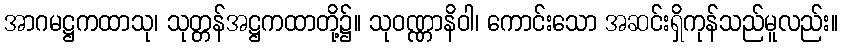
အာဂမဋ္ဌကထာသု၊ သုတ္တန်အဋ္ဌကထာတို့၌။ သုဝဏ္ဏာနိဝါ၊ ကောင်းသော အဆင်းရှိကုန်သည်မူလည်း။